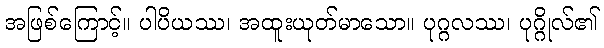
အဖြစ်ကြောင့်။ ပါပိယဿ၊ အထူးယုတ်မာသော။ ပုဂ္ဂလဿ၊ ပုဂ္ဂိုလ်၏